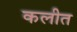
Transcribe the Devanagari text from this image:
कलीत